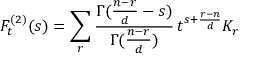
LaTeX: F _ { t } ^ { ( 2 ) } ( s ) = \sum _ { r } \frac { \Gamma ( \frac { n - r } { d } - s ) } { \Gamma ( \frac { n - r } { d } ) } \, t ^ { s + \frac { r - n } { d } } K _ { r }